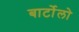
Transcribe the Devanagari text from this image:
बार्टोलो